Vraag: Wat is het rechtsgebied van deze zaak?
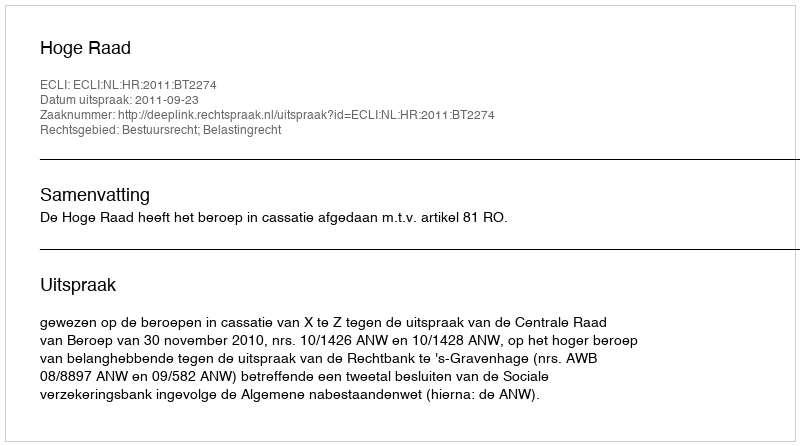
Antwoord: Bestuursrecht; Belastingrecht